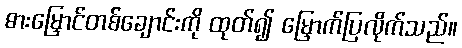
ဓားမြှောင်တစ်ချောင်းကို ထုတ်၍ မြှောက်ပြလိုက်သည်။